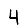
Digit: 4